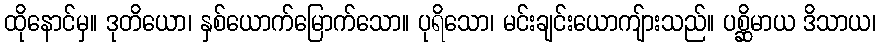
ထိုနောင်မှ။ ဒုတိယော၊ နှစ်ယောက်မြောက်သော။ ပုရိသော၊ မင်းချင်းယောကျ်ားသည်။ ပစ္ဆိမာယ ဒိသာယ၊